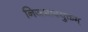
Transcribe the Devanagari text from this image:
निजभावयुक्तम्